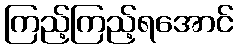
ကြည့်ကြည့်ရအောင်